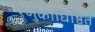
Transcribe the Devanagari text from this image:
रेणुकाधिष्ठितं